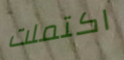
اكتملت